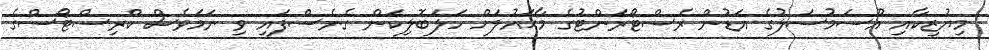
މިޔުޒިކާއި އޫސަމުސަލުގެ އަޑުން ރެސްޓޯރަންޓުގެ މާޙައުލަށް ހަލަބޮލިކަން ގެނެސްފައި ވި ނަމަވެސް ކްރިސްޓޯސްގެ